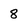
Character: 8